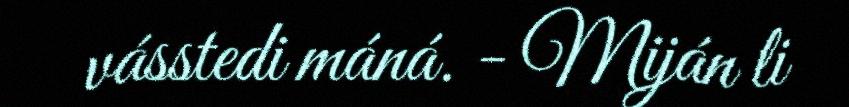
vásstedi máná. - Miján li